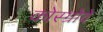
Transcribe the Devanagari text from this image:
कोस्ग्रोवे